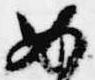
如